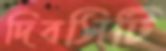
দিবসিটি